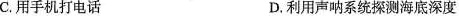
C.用手机打电话 D利用声呐系统探测海底深度